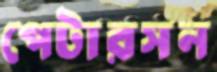
পেটারসন